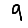
Digit: 9